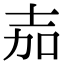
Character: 𭐒